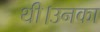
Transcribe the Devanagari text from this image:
थी।उनका